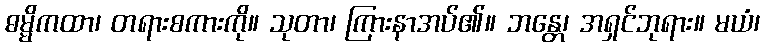
ဓမ္မိကထာ၊ တရားစကားကို။ သုတာ၊ ကြားနာအပ်၏။ ဘန္တေ၊ အရှင်ဘုရား။ မယံ၊